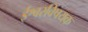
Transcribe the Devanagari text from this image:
ईश्वरविषयक